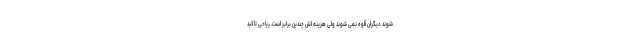
شوند دیگران آلوه نمی شوند ولی هزینه اش چندین برابر است. ریاحی تاکید